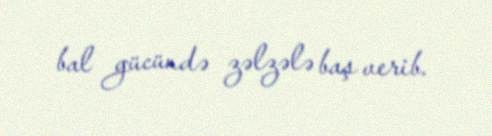
bal gücündə zəlzələ baş verib.